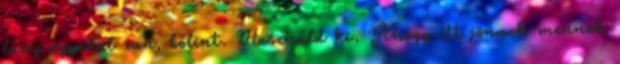
lány egyedül van, bólint. Használd ki. Ahogy itt jönnek-mennek